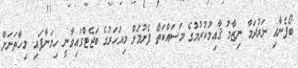
ބޯފެނާއި ނަރުދަމާ ނިޒާމު ޤާއިމުކުރުމުގެ މަސައްކަތް ފެށުމަށް މިއަހަރުގެ ބަޖެޓްގައިވާނީ ހިމަނާފައި. މިހާތަނަށް